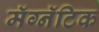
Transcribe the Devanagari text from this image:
मॅग्नॅटिक